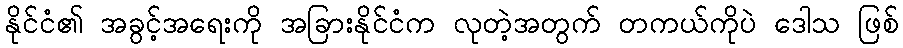
နိုင်ငံ၏ အခွင့်အရေးကို အခြားနိုင်ငံက လုတဲ့အတွက် တကယ်ကိုပဲ ဒေါသ ဖြစ်